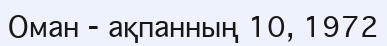
Оман - ақпанның 10, 1972